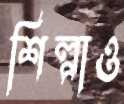
শিল্পাও